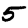
Digit: 5